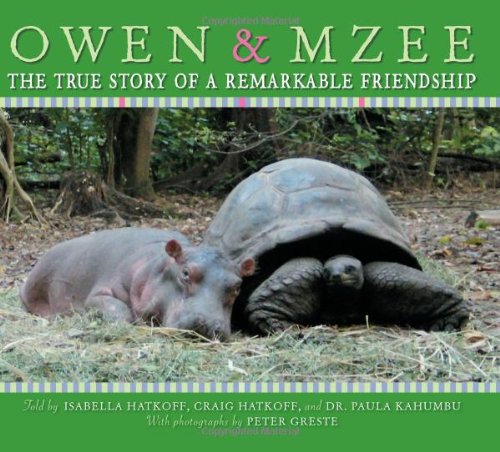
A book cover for Owen & Mzee: The True Story of a Remarkable Friendship; Isabella Hatkoff; Children's Books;